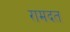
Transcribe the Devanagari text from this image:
रामदत